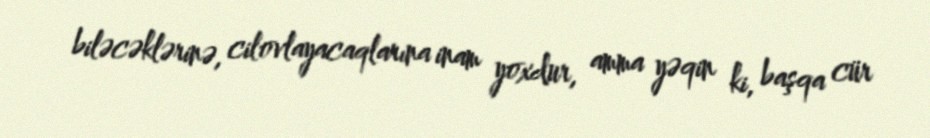
biləcəklərinə, cilovlayacaqlarına inam yoxdur, amma yəqin ki, başqa cür